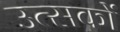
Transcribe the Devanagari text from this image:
उत्सकों